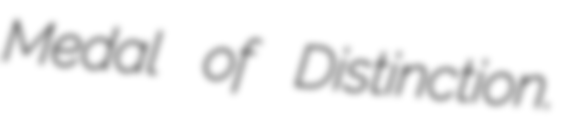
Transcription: Medal of Distinction.